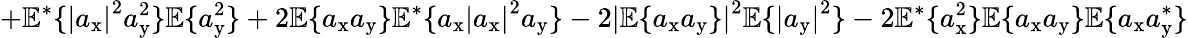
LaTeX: +\mathbb{E}^{*}\{ \left|a_{\mathrm{x}}\right|^{2}a_{\mathrm{y}}^{2}\} \mathbb{E}\{ a_{\mathrm{y}}^{2}\} +2\mathbb{E}\{ a_{\mathrm{x}}a_{\mathrm{y}}\} \mathbb{E}^{*}\{ a_{\mathrm{x}}\left|a_{\mathrm{x}}\right|^{2}a_{\mathrm{y}}\} -2\left|\mathbb{E}\{ a_{\mathrm{x}}a_{\mathrm{y}}\} \right|^{2}\mathbb{E}\{ \left|a_{\mathrm{y}}\right|^{2}\} -2\mathbb{E}^{*}\{ a_{\mathrm{x}}^{2}\} \mathbb{E}\{ a_{\mathrm{x}}a_{\mathrm{y}}\} \mathbb{E}\{ a_{\mathrm{x}}a_{\mathrm{y}}^{*}\}